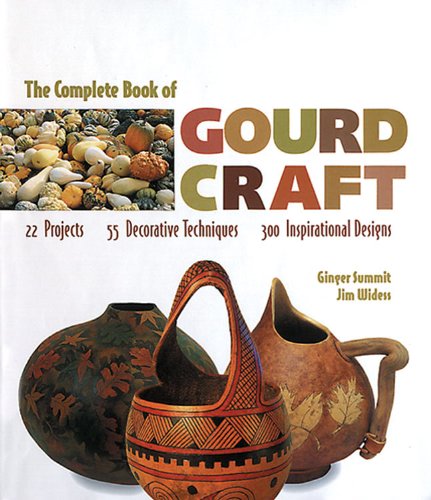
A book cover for The Complete Book Of Gourd Craft: 22 Projects * 55 Decorative Techniques * 300 Inspirational Designs; Ginger Summit; Crafts, Hobbies & Home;